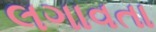
લગાવતા